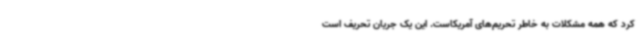
کرد که همه مشکلات به خاطر تحریم‌های آمریکاست. این یک جریان تحریف است